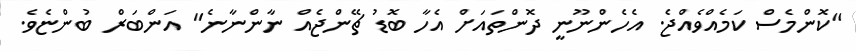
"ކޮންމެސް ކަމެއްވެއްޖެ. އެހެންނޫނީ ދޮންތައަށް އެހާ ބޮޑު ޗޭންޖެއް ނާންނާނެ" އަންބަރް ބުންޏެވެ.